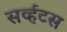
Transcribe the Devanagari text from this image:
सर्व्हटस